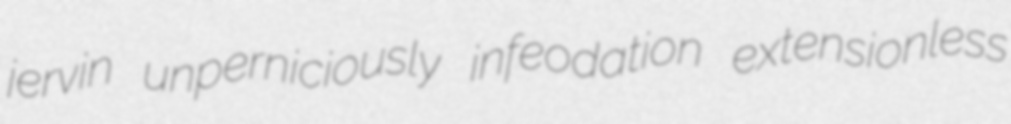
jervin unperniciously infeodation extensionless